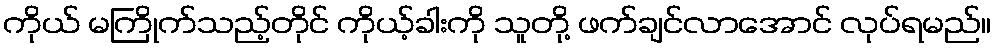
ကိုယ် မကြိုက်သည့်တိုင် ကိုယ့်ခါးကို သူတို့ ဖက်ချင်လာအောင် လုပ်ရမည်။